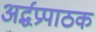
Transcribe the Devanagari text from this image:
अर्द्धप्रपाठक